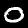
Label: 0